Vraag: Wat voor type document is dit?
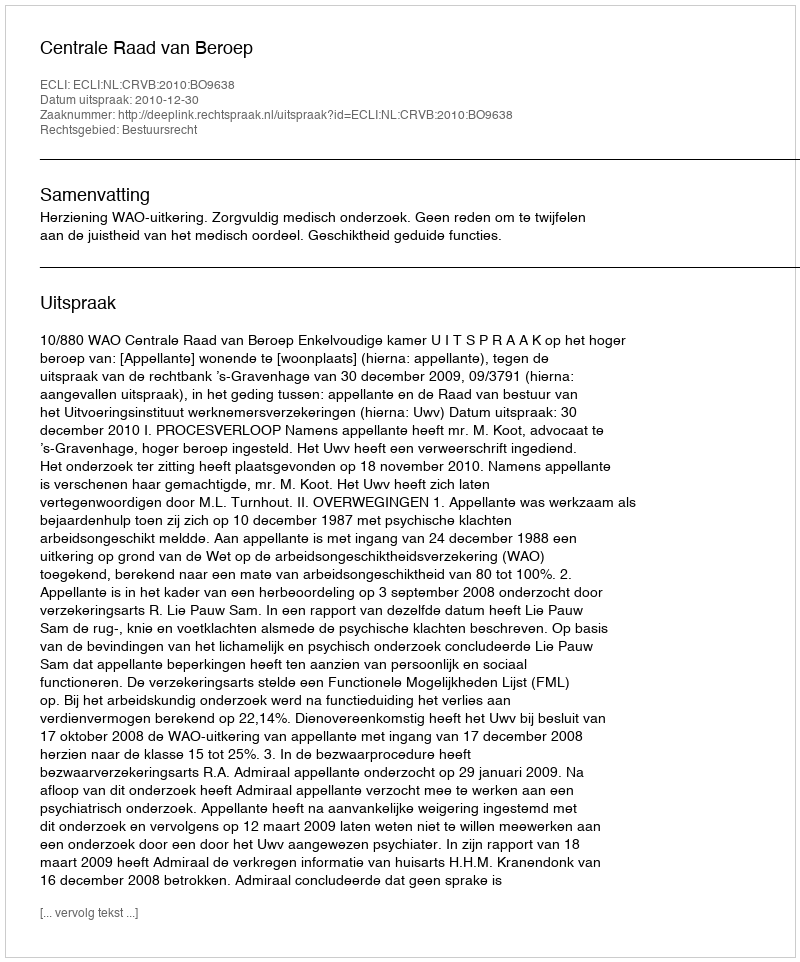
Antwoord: Uitspraak